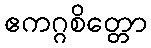
ဧကဂ္ဂစိတ္တော